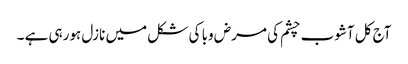
آج کل آشوب چشم کی مرض وبا کی شکل میں نازل ہورہی ہے ۔